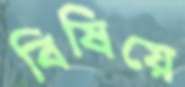
বিষিয়ে